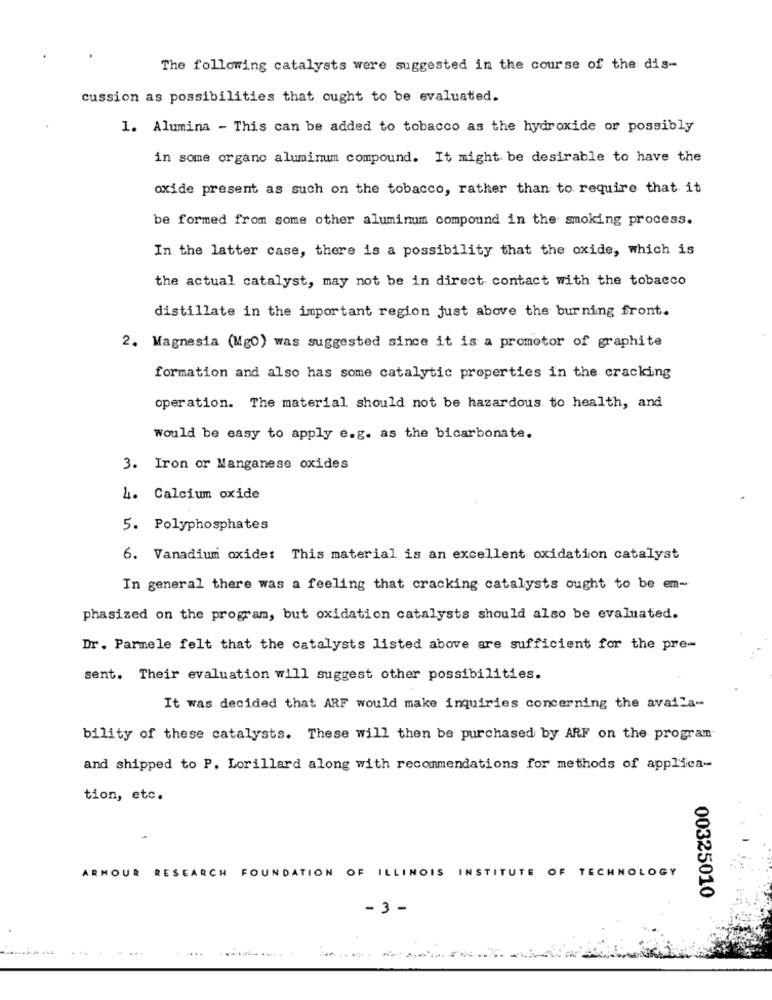
The following catalysts were suggested in the course of the dis-
cussion as possibilities that ought to be evaluated.
1. Alumina - This can be added to tobacco as the hydroxide or possibly
in some organo aluminum compound. It might be desirable to have the
oxide present as such on the tobacco, rather than to require that it
be formed from some other aluminum compound in the smoking process.
In the latter case, there is a possibility that the oxide, which is
the actual catalyst, may not be in direct contact with the tobacco
distillate in the important region just above the burning front.
2. Magnesia (MgO) was suggested since it is a promotor of graphite
formation and also has some catalytic properties in the cracking
operation. The material should not be hazardous to health, and
would be easy to apply e.g. as the bicarbonate.
3. Iron or Manganese oxides
4. Calcium oxide
5. Polyphosphates
6. Vanadium oxide: This material is an excellent oxidation catalyst
In general there was a feeling that cracking catalysts ought to be em-
phasized on the program, but oxidation catalysts should also be evaluated.
Dr. Parmele felt that the catalysts listed above are sufficient for the pre-
sent. Their evaluation will suggest other possibilities.
It was decided that ARF would make inquiries concerning the availa-
bility of these catalysts. These will then be purchased by ARF on the program
and shipped to P. Lorillard along with recommendations for methods of applica-
tion, etc.
ARMOUR RESEARCH FOUNDATION OF ILLINOIS INSTITUTE OF TECHNOLOGY
00325010
- 3 -